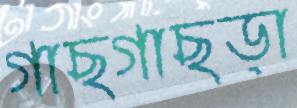
গাছগাছড়া